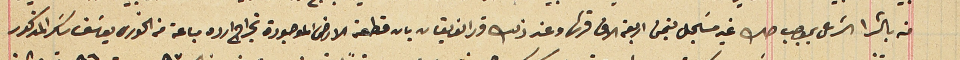
منه بالشرا الشرعى بموجب صك غير مسَجل بتمن اربعة الاف قرش وعند ذلك قرر الفريقان بان قطعة الارض الموجودة بخراج ارده مباعة من الخورى يوسَف سَكر المذكور